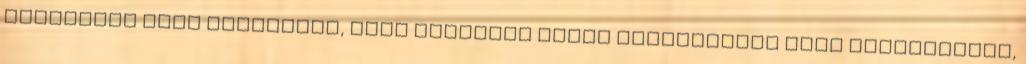
épületből álló villapark, mely Budapest egyik legnívósabb zöld kerületében,